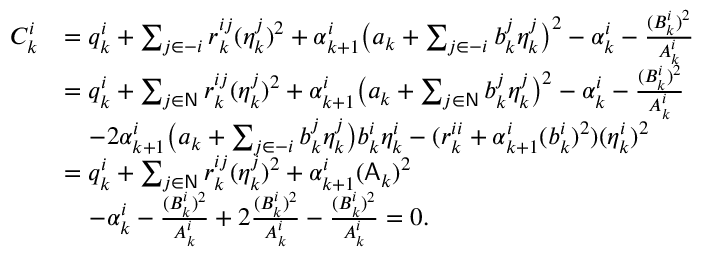
\begin{array} { r l } { C _ { k } ^ { i } } & { = q _ { k } ^ { i } + \sum _ { j \in - i } r _ { k } ^ { i j } ( \eta _ { k } ^ { j } ) ^ { 2 } + \alpha _ { k + 1 } ^ { i } \big ( a _ { k } + \sum _ { j \in - i } b _ { k } ^ { j } \eta _ { k } ^ { j } \big ) ^ { 2 } - \alpha _ { k } ^ { i } - \frac { ( B _ { k } ^ { i } ) ^ { 2 } } { A _ { k } ^ { i } } } \\ & { = q _ { k } ^ { i } + \sum _ { j \in \mathsf { N } } r _ { k } ^ { i j } ( \eta _ { k } ^ { j } ) ^ { 2 } + \alpha _ { k + 1 } ^ { i } \big ( a _ { k } + \sum _ { j \in \mathsf { N } } b _ { k } ^ { j } \eta _ { k } ^ { j } \big ) ^ { 2 } - \alpha _ { k } ^ { i } - \frac { ( B _ { k } ^ { i } ) ^ { 2 } } { A _ { k } ^ { i } } } \\ & { \quad - 2 \alpha _ { k + 1 } ^ { i } \big ( a _ { k } + \sum _ { j \in - i } b _ { k } ^ { j } \eta _ { k } ^ { j } \big ) b _ { k } ^ { i } \eta _ { k } ^ { i } - ( r _ { k } ^ { i i } + \alpha _ { k + 1 } ^ { i } ( b _ { k } ^ { i } ) ^ { 2 } ) ( \eta _ { k } ^ { i } ) ^ { 2 } } \\ & { = q _ { k } ^ { i } + \sum _ { j \in \mathsf { N } } r _ { k } ^ { i j } ( \eta _ { k } ^ { j } ) ^ { 2 } + \alpha _ { k + 1 } ^ { i } ( \mathsf { A } _ { k } ) ^ { 2 } } \\ & { \quad - \alpha _ { k } ^ { i } - \frac { ( B _ { k } ^ { i } ) ^ { 2 } } { A _ { k } ^ { i } } + 2 \frac { ( B _ { k } ^ { i } ) ^ { 2 } } { A _ { k } ^ { i } } - \frac { ( B _ { k } ^ { i } ) ^ { 2 } } { A _ { k } ^ { i } } = 0 . } \end{array}